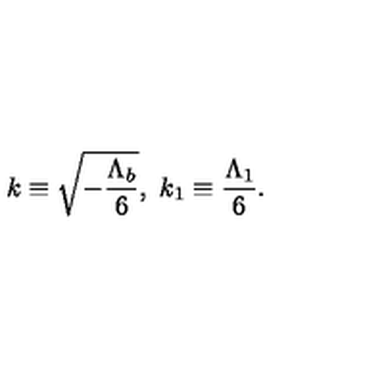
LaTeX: k \equiv \sqrt { - \frac { \Lambda _ { b } } { 6 } } , \ k _ { 1 } \equiv \frac { \Lambda _ { 1 } } { 6 } .